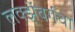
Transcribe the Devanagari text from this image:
लक्झेंबर्गचा